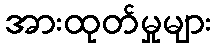
အားထုတ်မှုများ